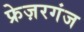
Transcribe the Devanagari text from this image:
फ्रेज़रगंज